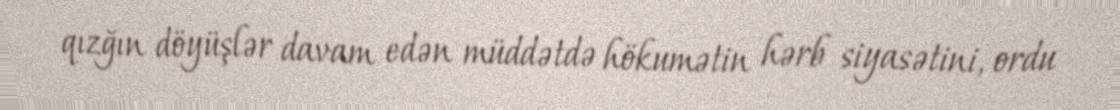
qızğın döyüşlər davam edən müddətdə hökumətin hərb siyasətini, ordu